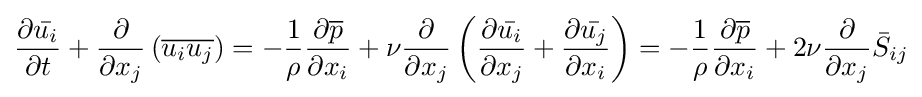
{\frac {\partial {\bar {u_{i}}}}{\partial t}}+{\frac {\partial }{\partial x_{j}}}\left({\overline {u_{i}u_{j}}}\right)=-{\frac {1}{\rho }}{\frac {\partial {\overline {p}}}{\partial x_{i}}}+\nu {\frac {\partial }{\partial x_{j}}}\left({\frac {\partial {\bar {u_{i}}}}{\partial x_{j}}}+{\frac {\partial {\bar {u_{j}}}}{\partial x_{i}}}\right)=-{\frac {1}{\rho }}{\frac {\partial {\overline {p}}}{\partial x_{i}}}+2\nu {\frac {\partial }{\partial x_{j}}}{\bar {S}}_{ij}